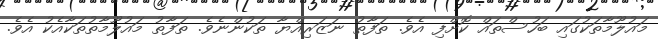
މައުލޫމާތަކުގައި ބަހުސްތައް ކޮށްފި އެވެ. ތަފާތު ނަޒަރިއްޔާ ތަކުންނެވެ. ތަފާތު މައުލޫމާތުތަކާއެކު އެވެ.